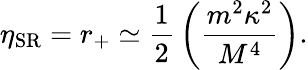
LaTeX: \eta_{\mathrm{SR}}=r_{+}\simeq{\frac{1}{2}}\left({\frac{m^{2}\kappa^{2}}{M^{4}}}\right).